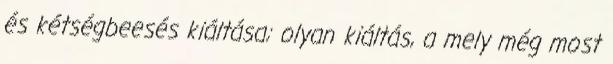
és kétségbeesés kiáltása; olyan kiáltás, a mely még most